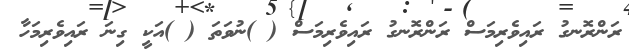
ރަންރޮނގު ރައިވެރިމަސް ރަންރޮނގު ރައިވެރިމަސް ( )ނުވަތަ ( )އަކީ ގިނަ ރައިވެރިމަހާ